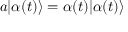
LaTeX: ~ a | \alpha ( t ) \rangle = \alpha ( t ) | \alpha ( t ) \rangle